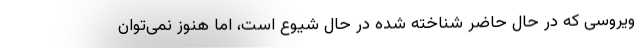
ویروسی که در حال حاضر شناخته شده در حال شیوع است، اما هنوز نمی‌توان